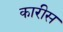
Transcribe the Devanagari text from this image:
कारीस